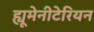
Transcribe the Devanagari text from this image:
ह्यूमेनीटेरियन